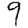
Digit: 9